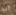
أنه